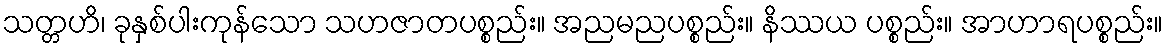
သတ္တဟိ၊ ခုနှစ်ပါးကုန်သော သဟဇာတပစ္စည်း။ အညမညပစ္စည်း။ နိဿယ ပစ္စည်း။ အာဟာရပစ္စည်း။